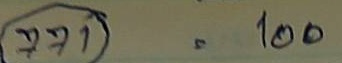
771 = 100